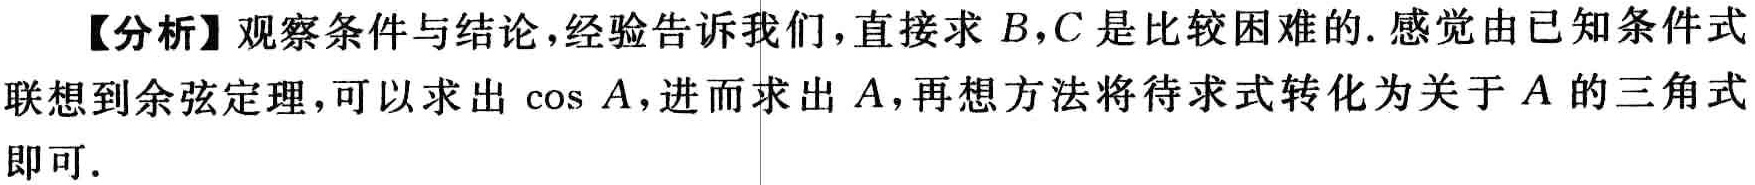
【分析】观察条件与结论，经验告诉我们，直接求 \(B,C\) 是比较困难的. 感觉由已知条件式联想到余弦定理，可以求出 \(\cos A\)，进而求出 \(A\)，再想方法将待求式转化为关于 \(A\) 的三角式即可.